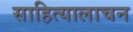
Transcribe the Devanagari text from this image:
साहित्यालाचन